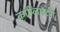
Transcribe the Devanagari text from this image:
कांप्लिमेंटरी